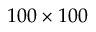
1 0 0 \times 1 0 0